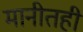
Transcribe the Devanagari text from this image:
मानीतही